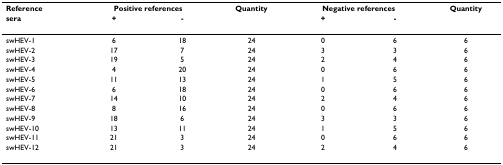
<table><thead><tr><td><b>Reference</b></td><td colspan="2"><b>Positive references</b></td><td><b>Quantity</b></td><td colspan="2"><b>Negative references</b></td><td><b>Quantity</b></td></tr><tr><td><b>sera</b></td><td><b>+</b></td><td><b>-</b></td><td></td><td><b>+</b></td><td><b>-</b></td><td></td></tr></thead><tbody><tr><td>swHEV-1</td><td>6</td><td>18</td><td>24</td><td>0</td><td>6</td><td>6</td></tr><tr><td>swHEV-2</td><td>17</td><td>7</td><td>24</td><td>3</td><td>3</td><td>6</td></tr><tr><td>swHEV-3</td><td>19</td><td>5</td><td>24</td><td>2</td><td>4</td><td>6</td></tr><tr><td>swHEV-4</td><td>4</td><td>20</td><td>24</td><td>0</td><td>6</td><td>6</td></tr><tr><td>swHEV-5</td><td>11</td><td>13</td><td>24</td><td>1</td><td>5</td><td>6</td></tr><tr><td>swHEV-6</td><td>6</td><td>18</td><td>24</td><td>0</td><td>6</td><td>6</td></tr><tr><td>swHEV-7</td><td>14</td><td>10</td><td>24</td><td>2</td><td>4</td><td>6</td></tr><tr><td>swHEV-8</td><td>8</td><td>16</td><td>24</td><td>0</td><td>6</td><td>6</td></tr><tr><td>swHEV-9</td><td>18</td><td>6</td><td>24</td><td>3</td><td>3</td><td>6</td></tr><tr><td>swHEV-10</td><td>13</td><td>11</td><td>24</td><td>1</td><td>5</td><td>6</td></tr><tr><td>swHEV-11</td><td>21</td><td>3</td><td>24</td><td>0</td><td>6</td><td>6</td></tr><tr><td>swHEV-12</td><td>21</td><td>3</td><td>24</td><td>2</td><td>4</td><td>6</td></tr></tbody></table>